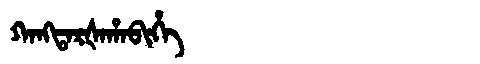
Manchu: ᡴᠠᠩᡨᠠᡵᡧᠠᡥᠠᠪᡳᡥᡝ
Romanization: KANGTARŠAHABIHE